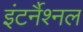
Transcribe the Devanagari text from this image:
इंटर्नैश्नल